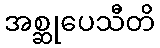
အစ္ဆုပေသီတိ